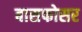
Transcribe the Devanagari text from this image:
बासफोसर